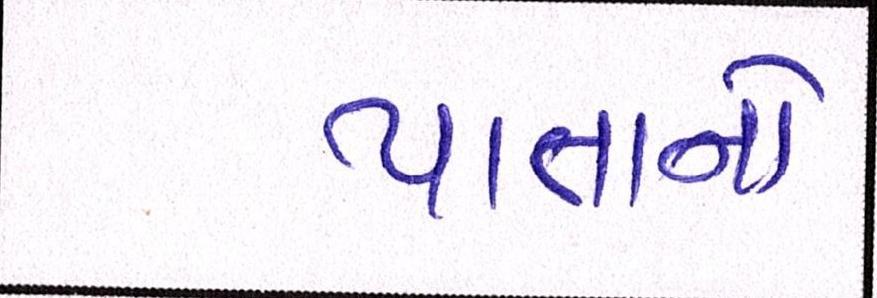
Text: પાતાનો